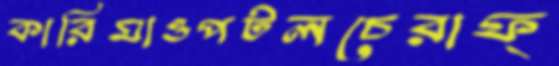
কারিমাওপটলচেরাফ্